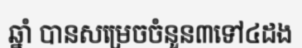
ឆ្នាំ បានសម្រេចចំនួន៣ទៅ៤ដង